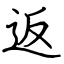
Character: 返